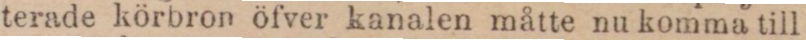
terade körbron öfver kanalen måtte nu komma till